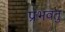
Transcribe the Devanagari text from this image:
प्रभवतु